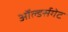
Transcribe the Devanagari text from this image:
ऑल्डर्सगेट